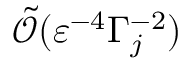
\tilde { \mathcal { O } } ( \varepsilon ^ { - 4 } \Gamma _ { j } ^ { - 2 } )